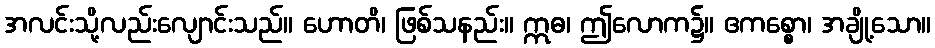
အလင်းသို့လည်းလျောင်းသည်။ ဟောတိ၊ ဖြစ်သနည်း။ ဣဓ၊ ဤလောက၌။ ဧကစ္စော၊ အချို့သော။